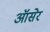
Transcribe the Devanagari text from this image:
ऑसेर